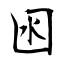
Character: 囦